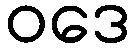
ဝဒေ